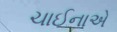
ચાઈનાએ